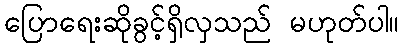
ပြောရေးဆိုခွင့်ရှိလှသည် မဟုတ်ပါ။